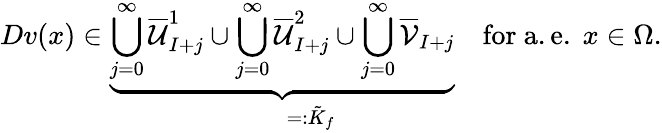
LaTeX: Dv(x)\in\underbrace{\bigcup_{j=0}^{\infty}\overline{{\mathcal{U}}}_{I+j}^{1}\cup\bigcup_{j=0}^{\infty}\overline{{\mathcal{U}}}_{I+j}^{2}\cup\bigcup_{j=0}^{\infty}\overline{{\mathcal{V}}}_{I+j}}_{\qquad=:\tilde{K}_{f}}\quad\mathrm{for~a.e.~}x\in\Omega.